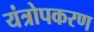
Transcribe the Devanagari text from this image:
यंत्रोपकरण